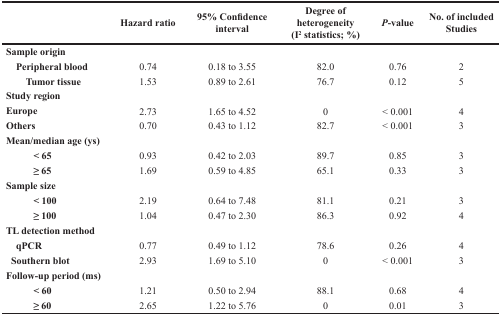
<table><thead><tr><td></td><td><b>Hazard ratio</b></td><td><b>95% Confidence interval</b></td><td><b>Degree of heterogeneity (I<sup>2</sup> statistics; %)</b></td><td><b><i>P</i>-value</b></td><td><b>No. of included Studies</b></td></tr></thead><tbody><tr><td><b>Sample origin</b></td><td></td><td></td><td></td><td></td><td></td></tr><tr><td> <b>Peripheral blood</b></td><td>0.74</td><td>0.18 to 3.55</td><td>82.0</td><td>0.76</td><td>2</td></tr><tr><td><b>Tumor tissue</b></td><td>1.53</td><td>0.89 to 2.61</td><td>76.7</td><td>0.12</td><td>5</td></tr><tr><td><b>Study region</b></td><td></td><td></td><td></td><td></td><td></td></tr><tr><td><b>Europe</b></td><td>2.73</td><td>1.65 to 4.52</td><td>0</td><td>&lt; 0.001</td><td>4</td></tr><tr><td><b>Others</b></td><td>0.70</td><td>0.43 to 1.12</td><td>82.7</td><td>&lt; 0.001</td><td>3</td></tr><tr><td><b>Mean/median age (ys)</b></td><td></td><td></td><td></td><td></td><td></td></tr><tr><td><b>&lt; 65</b></td><td>0.93</td><td>0.42 to 2.03</td><td>89.7</td><td>0.85</td><td>3</td></tr><tr><td><b>≥ 65</b></td><td>1.69</td><td>0.59 to 4.85</td><td>65.1</td><td>0.33</td><td>3</td></tr><tr><td><b>Sample size</b></td><td></td><td></td><td></td><td></td><td></td></tr><tr><td><b>&lt; 100</b></td><td>2.19</td><td>0.64 to 7.48</td><td>81.1</td><td>0.21</td><td>3</td></tr><tr><td><b>≥ 100</b></td><td>1.04</td><td>0.47 to 2.30</td><td>86.3</td><td>0.92</td><td>4</td></tr><tr><td><b>TL detection method</b></td><td></td><td></td><td></td><td></td><td></td></tr><tr><td><b>qPCR</b></td><td>0.77</td><td>0.49 to 1.12</td><td>78.6</td><td>0.26</td><td>4</td></tr><tr><td> <b>Southern blot</b></td><td>2.93</td><td>1.69 to 5.10</td><td>0</td><td>&lt; 0.001</td><td>3</td></tr><tr><td><b>Follow-up period (ms)</b></td><td></td><td></td><td></td><td></td><td></td></tr><tr><td><b>&lt; 60</b></td><td>1.21</td><td>0.50 to 2.94</td><td>88.1</td><td>0.68</td><td>4</td></tr><tr><td><b>≥ 60</b></td><td>2.65</td><td>1.22 to 5.76</td><td>0</td><td>0.01</td><td>3</td></tr></tbody></table>